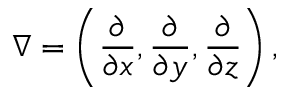
\nabla = \left( { \frac { \partial } { \partial x } } , { \frac { \partial } { \partial y } } , { \frac { \partial } { \partial z } } \right) ,